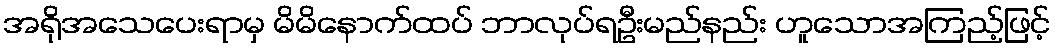
အရိုအသေပေးရာမှ မိမိနောက်ထပ် ဘာလုပ်ရဦးမည်နည်း ဟူသောအကြည့်ဖြင့်